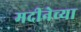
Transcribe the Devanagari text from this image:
मदीनेच्या